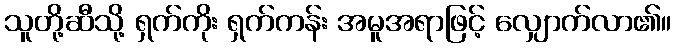
သူတို့ဆီသို့ ရှက်ကိုး ရှက်ကန်း အမူအရာဖြင့် လျှောက်လာ၏။